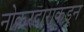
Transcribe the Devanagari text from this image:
नोकरदारांकडून